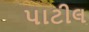
પાટીલ